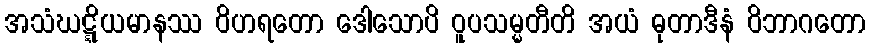
အသံဃဋ္ဋိယမာနဿ ဝိဟရတော ဒေါသောပိ ဝူပသမ္မတီတိ အယံ ဓုတာဒီနံ ဝိဘာဂတော